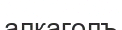
алкаголъ